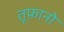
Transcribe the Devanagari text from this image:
तूफ़ानो